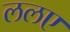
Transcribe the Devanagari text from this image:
ललए